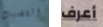
القضيب أعرف